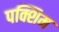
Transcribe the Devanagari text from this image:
पक्शिम